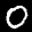
Label: 0